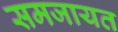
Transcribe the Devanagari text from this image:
समजायत